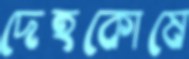
দেহকোষে